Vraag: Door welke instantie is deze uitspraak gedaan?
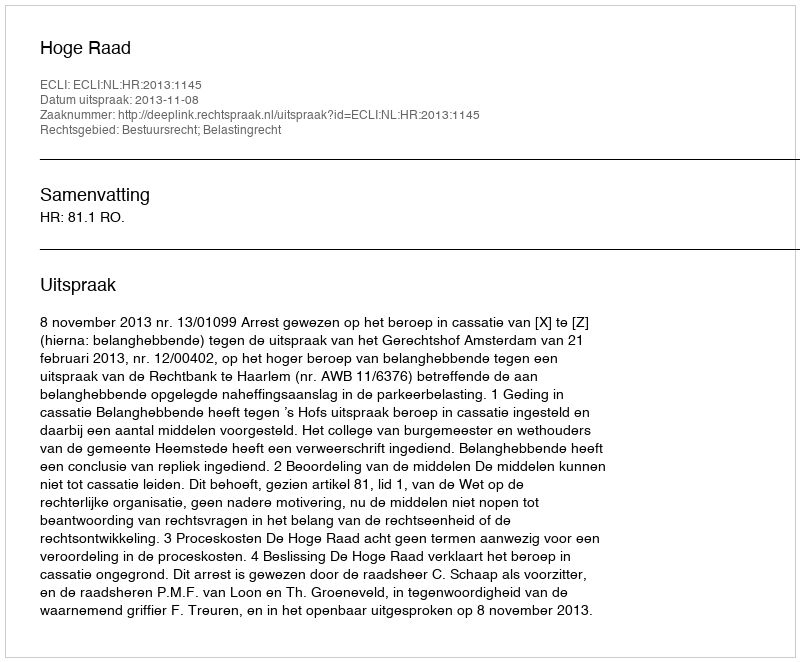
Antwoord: Hoge Raad